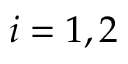
i = 1 , 2